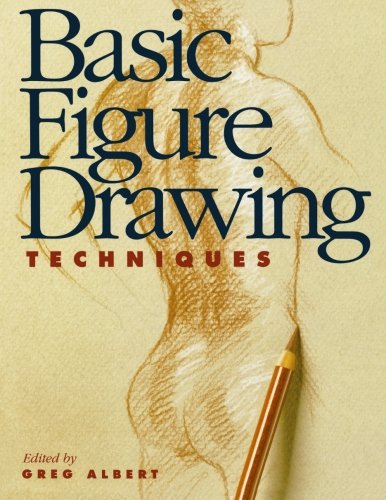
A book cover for Basic Figure Drawing Techniques (Basic Techniques); Arts & Photography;